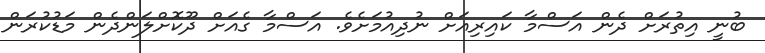
ބުނީ އިތުރަށް ދެން އަސްމާ ކައިރިއަށް ނުދިއުމަށެވެ. އަސްމާ ގެއަށް ދޫކޮށްލަންދެން މަޑުކުރަން